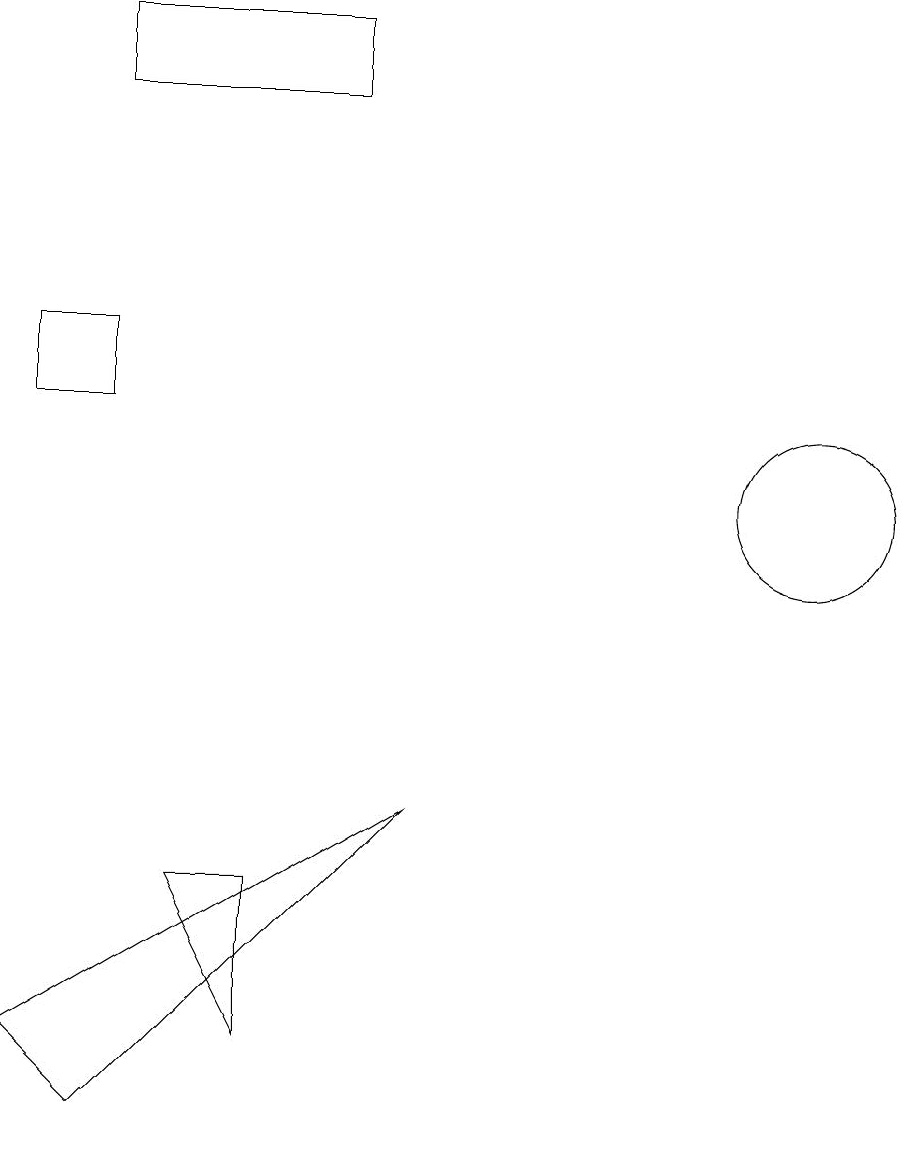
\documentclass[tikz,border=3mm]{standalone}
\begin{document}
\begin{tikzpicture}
\draw (6,8) -- (1,5) -- (2,4) -- cycle;
\draw (1,14) rectangle (2,13);
\draw (2,18) rectangle (5,17);
\draw (11,12) circle (1);
\draw (4,5) -- (4,7) -- (3,7) -- cycle;
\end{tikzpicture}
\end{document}